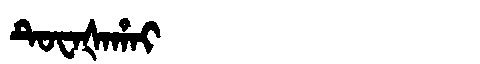
Manchu: ᡨᡠᠸᠠᡧᠠᡥᠠᡳ
Romanization: TUWAŠAHAI